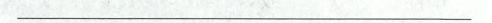
___